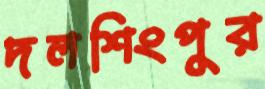
দলশিংপুর